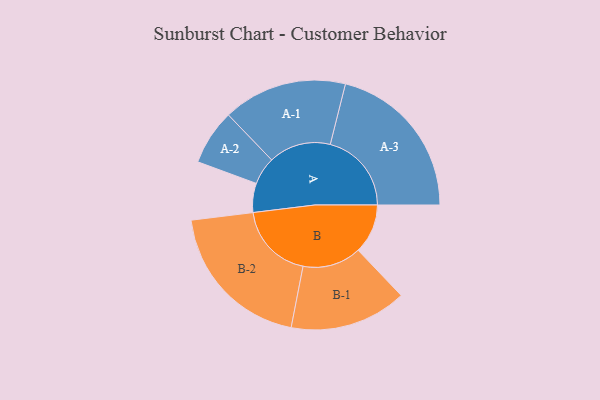
{"axis": {"x": "Segment", "y": "Value"}, "legend": ["", "A", "B"], "data": [{"x": "A", "y": 105, "type": ""}, {"x": "B", "y": 179, "type": ""}, {"x": "A-1", "y": 224, "type": "A"}, {"x": "A-2", "y": 100, "type": "A"}, {"x": "A-3", "y": 293, "type": "A"}, {"x": "B-1", "y": 211, "type": "B"}, {"x": "B-2", "y": 278, "type": "B"}]}